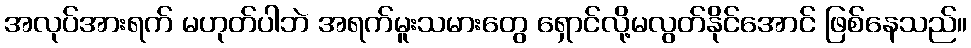
အလုပ်အားရက် မဟုတ်ပါဘဲ အရက်မူးသမားတွေ ရှောင်လို့မလွတ်နိုင်အောင် ဖြစ်နေသည်။